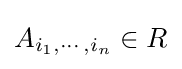
A_{i_{1},\cdots ,i_{n}}\in R